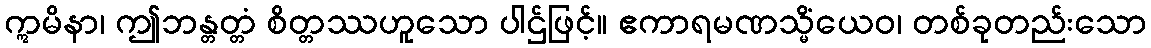
ဣမိနာ၊ ဤဘန္တတ္တံ စိတ္တဿဟူသော ပါဌ်ဖြင့်။ ဧကာရမဏသ္မိံယေဝ၊ တစ်ခုတည်းသော